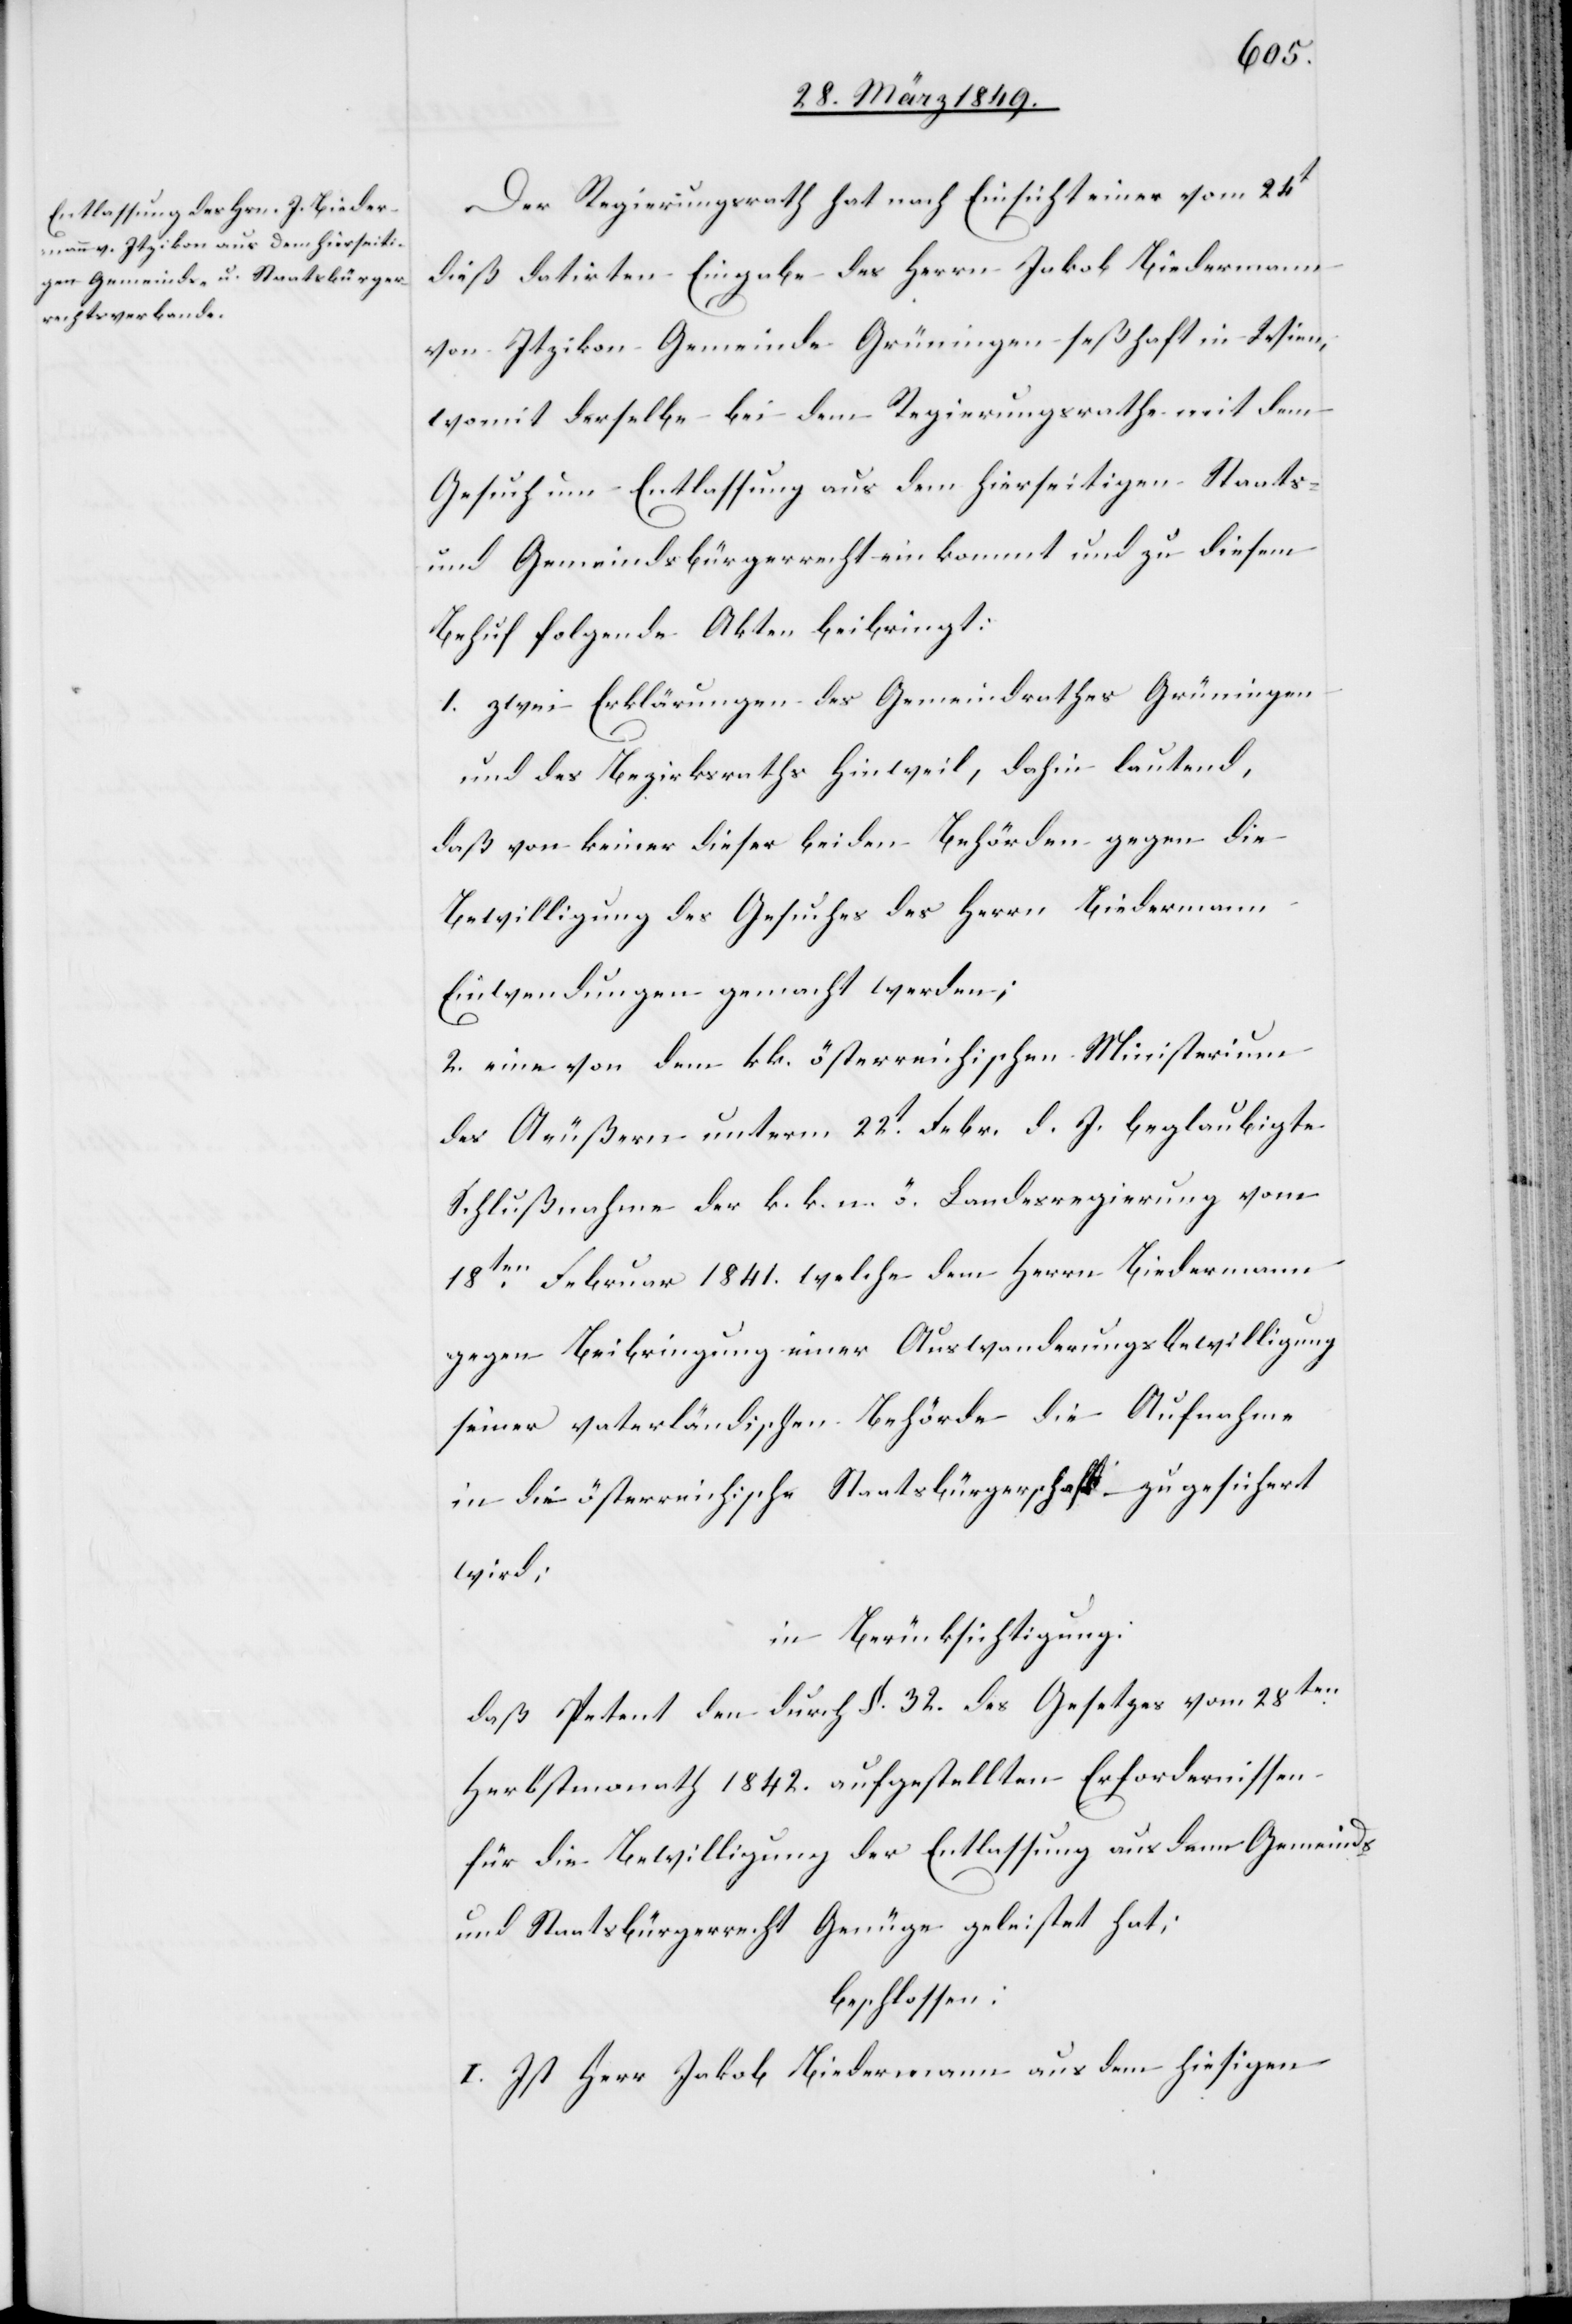
Der Regierungsrath hat nach Einsicht einer vom 24t
dieß datirten Eingabe des Herrn Jakob Biedermann
von Itzikon Gemeinde Grüningen seßhaft in Wien,
womit derselbe bei dem Regierungsrathe mit dem
Gesuch um Entlassung aus dem hierseitigen Staats-
und Gemeindsbürgerrecht einkommt und zu diesem
Behuf folgende Akten beibringt:
1. zwei Erklärungen des Gemeindrathes Grüningen
und des Bezirksraths Hinweil, dahin lautend,
daß von keiner dieser beiden Behörden gegen die
Bewilligung des Gesuches des Herrn Biedermann
Einwendungen gemacht werden;
2. eine von dem kk. österreichischen Ministerium
des Aeußern unterm 22t. Febr. d. J. beglaubigte
Schlußnahme der k. k. n. ö. Landesregierung vom
18ten. Februar 1841. welche dem Herrn Biedermann
gegen Beibringung einer Auwanderungsbewilligung
seiner vaterländischen Behörde die Aufnahme
in die österreichische Staatsbürgerschaft zugesichert
wird;
in Berücksichtigung:
daß Petent den durch §. 32. des Gesetzes vom 28ten.
Herbstmonath 1842. aufgestellten Erfordernissen
für die Bewilligung der Entlassung aus dem Gemeinds-
und Staatsbürgerrecht Genüge geleistet hat;
beschlossen:
I. Ist Herr Jakob Biedermann von dem hiesigen